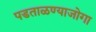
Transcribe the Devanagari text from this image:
पडताळण्याजोगा